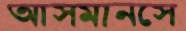
আসমানসে